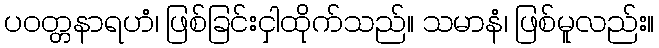
ပဝတ္တနာရဟံ၊ ဖြစ်ခြင်းငှါထိုက်သည်။ သမာနံ၊ ဖြစ်မူလည်း။